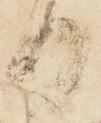
日